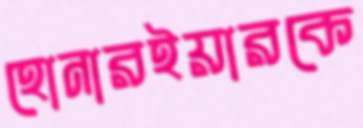
হোনারইয়ারকে